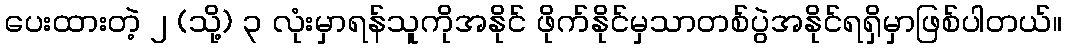
ပေးထားတဲ့ ၂ (သို့) ၃ လုံးမှာရန်သူကိုအနိုင် ဖိုက်နိုင်မှသာတစ်ပွဲအနိုင်ရရှိမှာဖြစ်ပါတယ်။